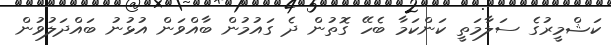
ކަޝްމީރުގެ ސަލާމަތީ ކަންކަމާ ބެހޭ ގޮތުން ދެ ގައުމުން ބާއްވަން އުޅުނު ބައްދަލުވުން